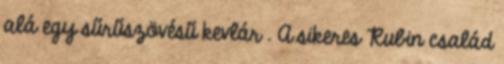
alá egy sűrűszövésű kevlár . A sikeres Rubin család